Document type: Oath
Year: 1447
Scribe: Pere Figuerola
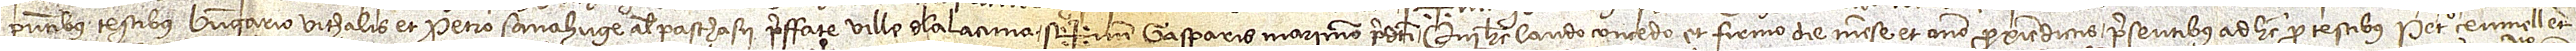
presentibus testibus Berengario Vithalis et Petro Sanahuge, alias Paschasii, preffate ville de la Lacuna. Sig+num Gasparis Marimon predicti, qui hec laudo, concedo et firmo die, mense et anno proxime dictis, presentibus ad hec pro testibus Petro Çeumell et